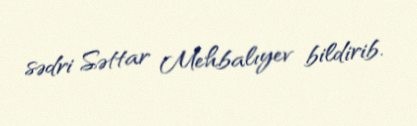
sədri Səttar Mehbalıyev bildirib.